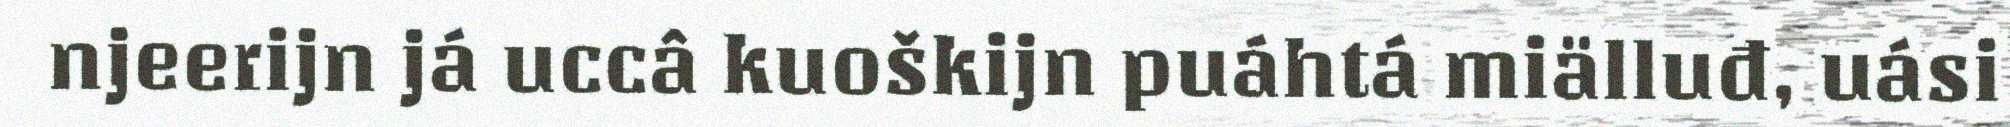
njeerijn já uccâ kuoškijn puáhtá miälluđ, uási